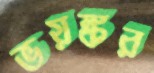
ভয়ঙ্কর